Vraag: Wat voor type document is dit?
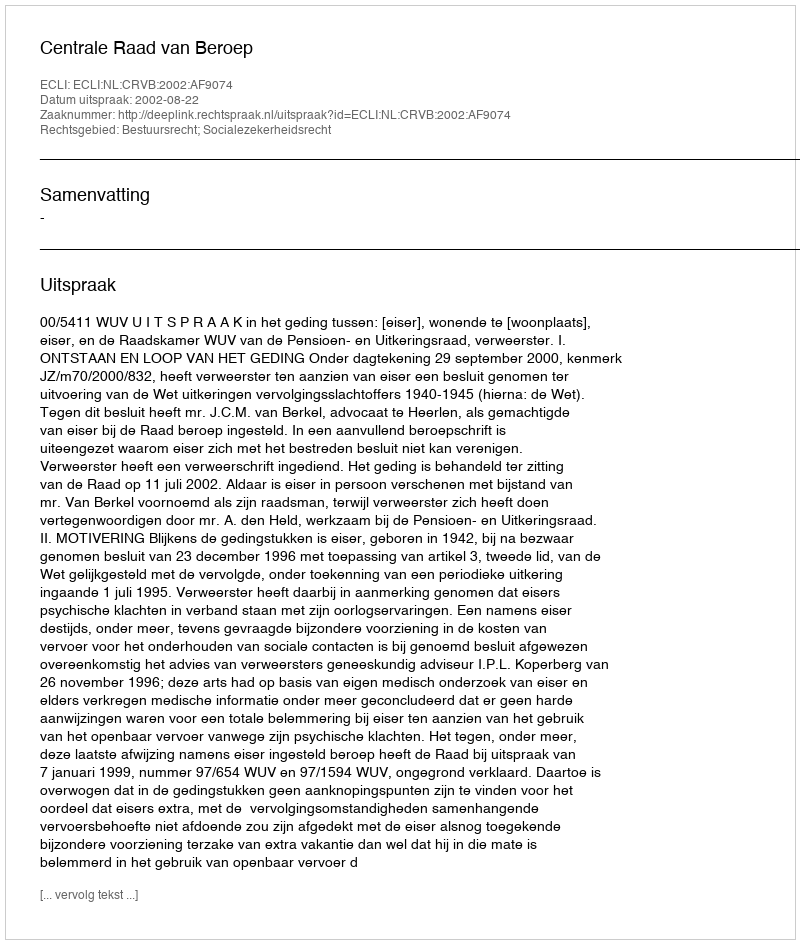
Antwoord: Uitspraak